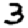
Digit: 3